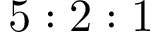
5 : 2 : 1